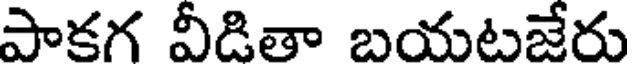
పాకగ వీడితా బయటజేరు